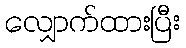
လျှောက်ထားပြီး